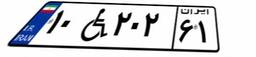
۱۰W۲۰۲۶۱